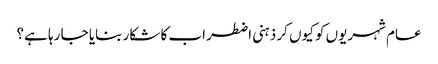
عام شہریوں کو کیوں کر ذہنی اضطراب کا شکار بنایا جا رہا ہے؟